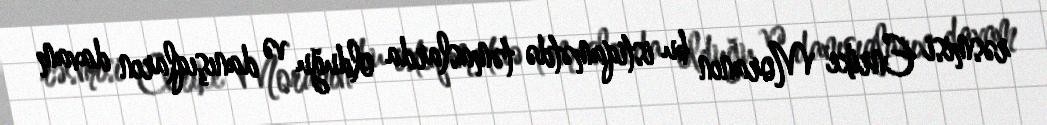
rəsmisi Enrike Moranın bu istiqamətdə təmaslarda olduğu və danışıqların davam